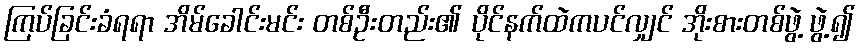
ကြပ်ခြင်းခံရရာ အိမ်ခေါင်းမင်း တစ်ဦးတည်း၏ ပိုင်နက်ထဲကပင်လျှင် အိုးစားတစ်ဖွဲ့ ဖွဲ့၍